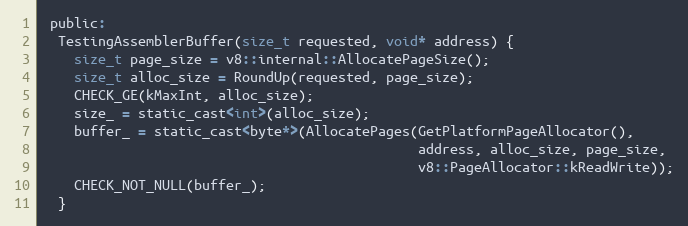
Language: C
 public:
  TestingAssemblerBuffer(size_t requested, void* address) {
    size_t page_size = v8::internal::AllocatePageSize();
    size_t alloc_size = RoundUp(requested, page_size);
    CHECK_GE(kMaxInt, alloc_size);
    size_ = static_cast<int>(alloc_size);
    buffer_ = static_cast<byte*>(AllocatePages(GetPlatformPageAllocator(),
                                               address, alloc_size, page_size,
                                               v8::PageAllocator::kReadWrite));
    CHECK_NOT_NULL(buffer_);
  }